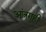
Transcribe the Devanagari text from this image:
आंत्रगुही